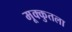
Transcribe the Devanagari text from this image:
मूक्कुतला